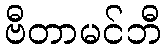
ဗီတာမင်ဘီ